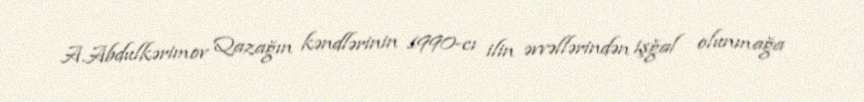
A.Abdulkərimov Qazağın kəndlərinin 1990-cı ilin əvvəllərindən işğal olunmağa